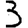
Digit: 3